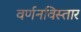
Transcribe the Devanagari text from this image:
वर्णनविस्तार